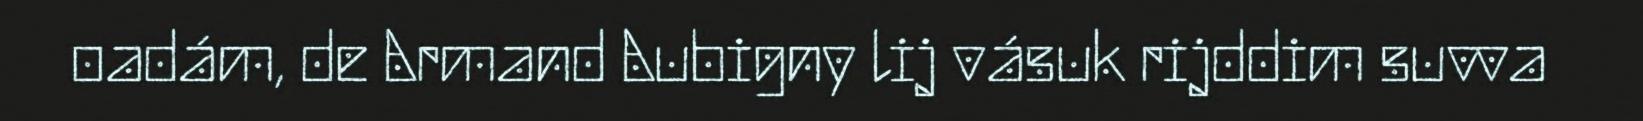
oadám, de Armand Aubigny lij vásuk rijddim suvva